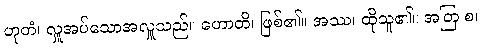
ဟုတံ၊ လှူအပ်သောအလှူသည်။ ဟောတိ၊ ဖြစ်၏။ အဿ၊ ထိုသူ၏။ အတြ စ၊